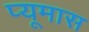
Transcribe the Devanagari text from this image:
प्यूमास